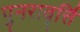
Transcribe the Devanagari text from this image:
पुनरावृर्त्ति